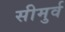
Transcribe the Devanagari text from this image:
सीमुर्व